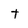
Character: T